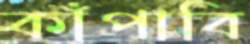
কাঁপাবি